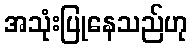
အသုံးပြုနေသည်ဟု